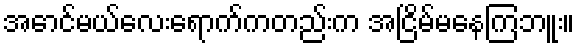
အောင်မယ်လေးရောက်ကတည်းက အငြိမ်မနေကြဘူး။